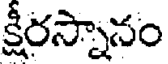
క్షీరస్నానం